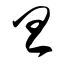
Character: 旦